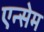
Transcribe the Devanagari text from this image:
एन्सेम